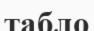
табло